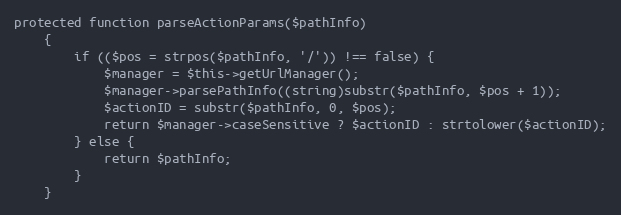
Language: PHP
protected function parseActionParams($pathInfo)
    {
        if (($pos = strpos($pathInfo, '/')) !== false) {
            $manager = $this->getUrlManager();
            $manager->parsePathInfo((string)substr($pathInfo, $pos + 1));
            $actionID = substr($pathInfo, 0, $pos);
            return $manager->caseSensitive ? $actionID : strtolower($actionID);
        } else {
            return $pathInfo;
        }
    }